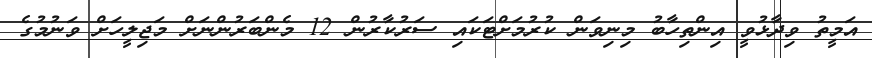
އަމީތު ވިދާޅުވީ އިންތިހާބު މިނިވަން ކުރުމަށްޓަކައި ސަރުކާރުން 12 މެންބަރުންނަށް މަޖިލީހަށް ވަނުމުގެ